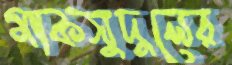
মাকসুদুলের